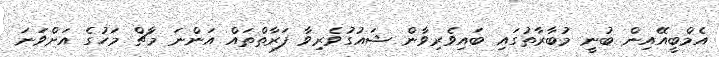
އެމްބީއޭއިން ބުނީ މުބާރާތުގައި ބައިވެރިވާން ޝައުގުވެރިވާ ފަރާތްތައް އަންނަ މާޗް މަހުގެ އަށްވަނަ